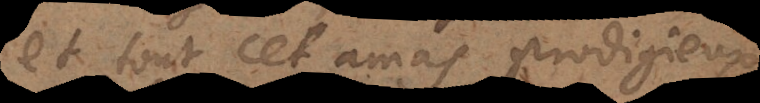
et tout cet amas prodigieux